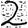
Digit: 2